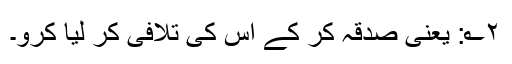
۲؎: یعنی صدقہ کر کے اس کی تلافی کر لیا کرو۔